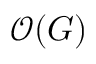
{ \mathcal { O } } ( G )